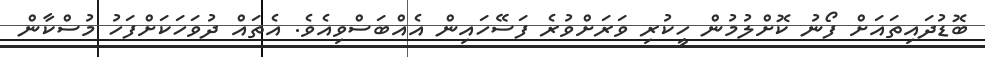
ބޮޑުދައިތައަށް ފޯނު ކޮށްލުމުން ހީކުރި ވަރަށްވުރެ ފަސޭހައިން އެއްބަސްވިއެވެ. އެތައް ދުވަހަކަށްފަހު މުސްކާން